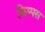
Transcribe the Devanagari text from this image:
फिप्पस